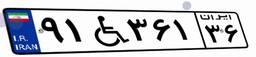
۹۱W۳۶۱۳۶